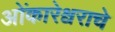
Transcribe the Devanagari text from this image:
ओंकारेश्वराचे